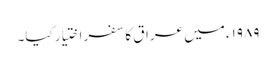
۱۹۸۹ء میں عراق کا سفر اختیار کیا۔